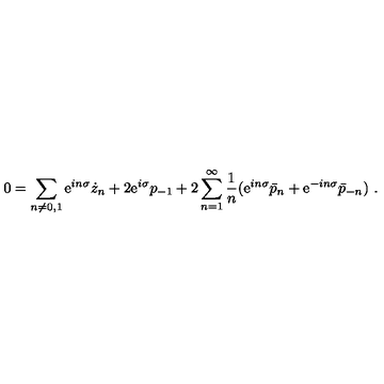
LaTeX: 0 = \sum _ { n \neq 0 , 1 } \mathrm { e } ^ { i n \sigma } \dot { z } _ { n } + 2 \mathrm { e } ^ { i \sigma } p _ { - 1 } + 2 \sum _ { n = 1 } ^ { \infty } { \frac { 1 } { n } } ( \mathrm { e } ^ { i n \sigma } \bar { p } _ { n } + \mathrm { e } ^ { - i n \sigma } \bar { p } _ { - n } ) \ .